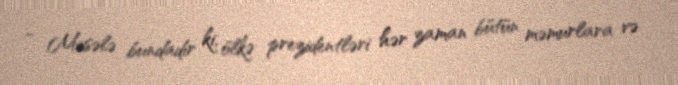
- Məsələ bundadır ki, ölkə prezidentləri hər zaman bütün məmurlara və